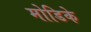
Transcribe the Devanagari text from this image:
मोडिके